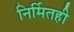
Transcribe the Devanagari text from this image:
निर्मितही